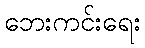
ဘေးကင်းရေး